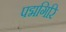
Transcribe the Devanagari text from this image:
पद्मगिरि